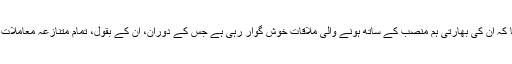
وزیرِاعظم گیلانی نے کہا کہ ان کی بھارتی ہم منصب کے ساتھ ہونے والی ملاقات خوش گوار رہی ہے جس کے دوران، ان کے بقول، تمام متنازعہ معاملات پر کھل کر بات کی گئی۔